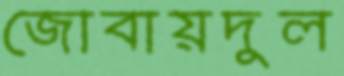
জোবায়দুল